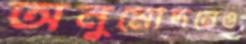
অনুমোদনেও